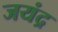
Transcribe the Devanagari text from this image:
जयंद्र